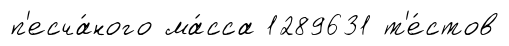
п'есча́ного ма́сса 1289631 т'е́стов